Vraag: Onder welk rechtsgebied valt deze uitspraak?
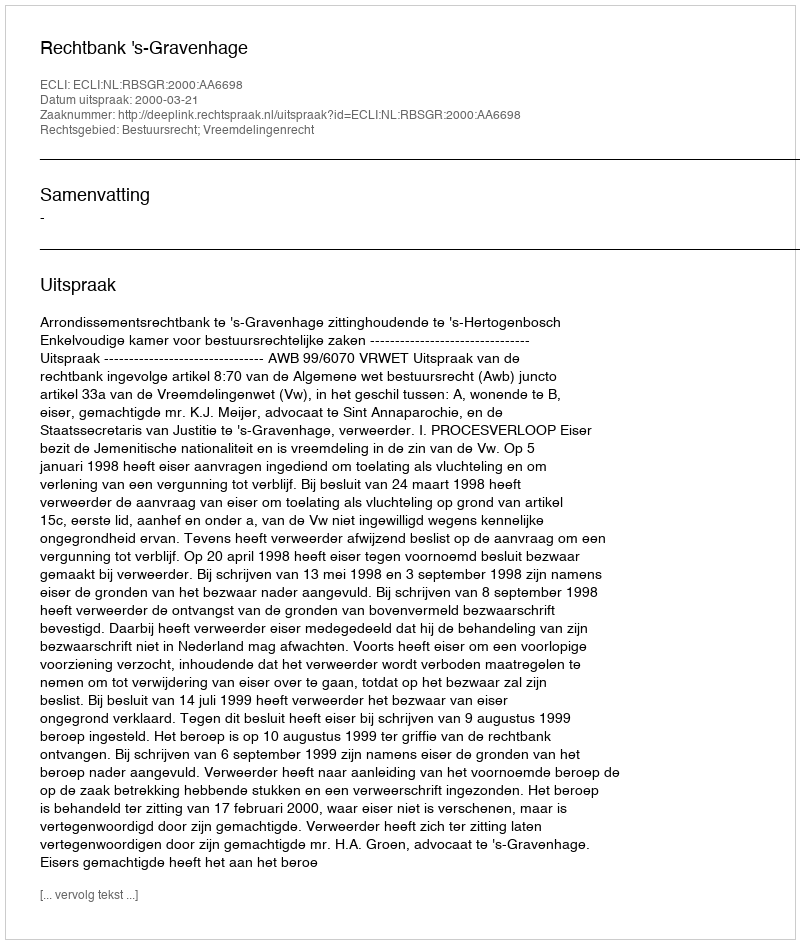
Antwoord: Bestuursrecht; Vreemdelingenrecht